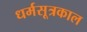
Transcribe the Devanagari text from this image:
धर्मसूत्रकाल